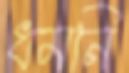
ধমনি